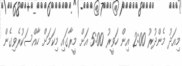
މިއަދު މެންދުރު 2:00 އިން ހަވީރު 5:00 އަށް މީރާގައި މިކަމަށް ހާއްސަކުރެވިގެން